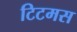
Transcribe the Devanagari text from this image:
टिटमस